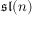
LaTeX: { \mathfrak { s l } } ( n )